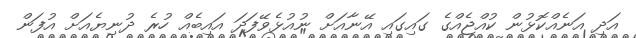
އަދި އަނެއްކޮޅުން ކުއްޖެއްގެ ގައިގައި އޭނާއަށް ނުއުޅެވޭފަދަ އައިބެއް ހުރެ ދުނިޔެއަށް އުފަން